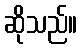
ဆိုသည်။